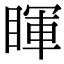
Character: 睴